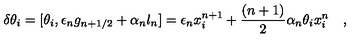
\delta \theta _ { i } = [ \theta _ { i } , \epsilon _ { n } g _ { n + 1 / 2 } + \alpha _ { n } l _ { n } ] = \epsilon _ { n } x _ { i } ^ { n + 1 } + \frac { ( n + 1 ) } { 2 } \alpha _ { n } \theta _ { i } x _ { i } ^ { n } \quad ,